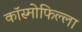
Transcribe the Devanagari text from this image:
कॉस्मोफिल्ला